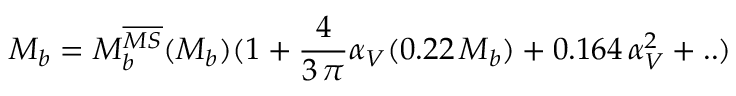
M _ { b } = M _ { b } ^ { \overline { { { M S } } } } ( M _ { b } ) ( 1 + { \frac { 4 } { 3 \, \pi } } \alpha _ { V } ( 0 . 2 2 \, M _ { b } ) + 0 . 1 6 4 \, \alpha _ { V } ^ { 2 } + . . )